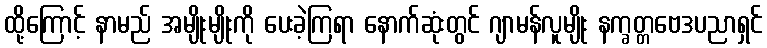
ထို့ကြောင့် နာမည် အမျိုးမျိုးကို ပေးခဲ့ကြရာ နောက်ဆုံးတွင် ဂျာမန်လူမျိုး နက္ခတ္တဗေဒပညာရှင်